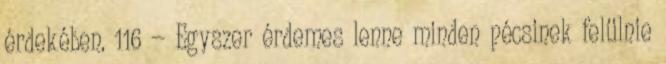
érdekében. 116 — Egyszer érdemes lenne minden pécsinek felülnie